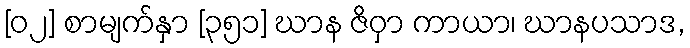
[၀၂] စာမျက်နှာ [၃၅၁] ဃာန ဇိဝှာ ကာယာ၊ ဃာနပသာဒ,